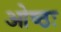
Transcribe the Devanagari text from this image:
ओष्ठः